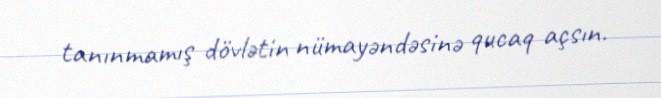
tanınmamış dövlətin nümayəndəsinə qucaq açsın.